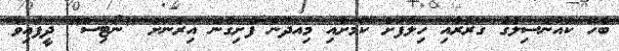
ބެހޭ ކައުންސިލުގެ ގަރާރާއި ހިލާފަށް ކަމަށާއި މިއަދުން ފެށިގެން އިރާނަށް "ނޯޓިސް" ދީފައިވާ